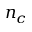
n _ { c }